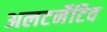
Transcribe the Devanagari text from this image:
अलटर्नेटिव